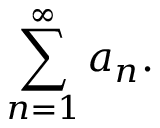
\sum _ { n = 1 } ^ { \infty } a _ { n } .